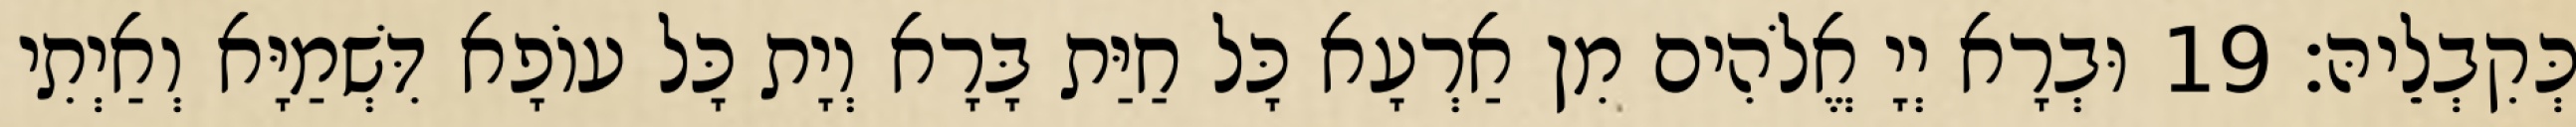
כְּקִבְלֵיהּ׃ 19 וּבְרָא יְיָ אֱלֹהִים מִן אַרְעָא כָּל חַיַּת בָּרָא וְיָת כָּל עוֹפָא דִּשְׁמַיָּא וְאַיְתִי